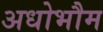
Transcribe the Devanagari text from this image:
अधोभौम